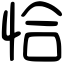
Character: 恰